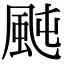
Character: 𩖤